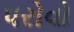
પરોવો